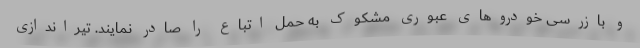
و بازرسی خودروهای عبوری مشکوک به حمل اتباع را صادر نمایند. تیراندازی